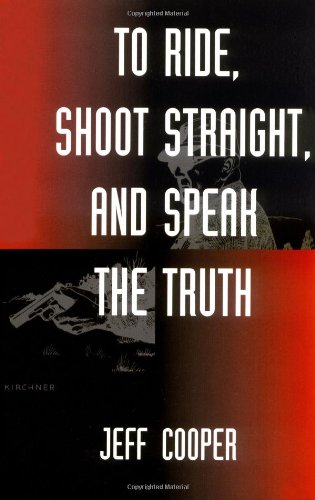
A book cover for To Ride, Shoot Straight, and Speak the Truth; Jeff Cooper; History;